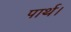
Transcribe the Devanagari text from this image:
पार्थ।